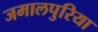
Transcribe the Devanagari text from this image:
जमालपुरिया